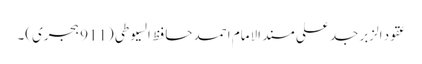
عقود الزبر جد علی مسند الامام احمد حافظ السیوطی (911 ہجری)۔